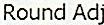
ROUND ADJ